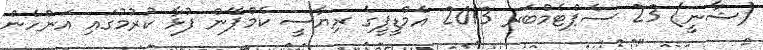
(ޝާނީ) 23 ސެޕްޓެމްބަރ 2013 އެމްޑީޕީގެ ރިޔާސީ ކެމްޕޭން ފުޅާ ކުރުމުގައި އަންހެން